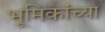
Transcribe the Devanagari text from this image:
भूमिकांच्या